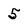
Character: 5